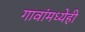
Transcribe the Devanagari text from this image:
गावांमध्येही